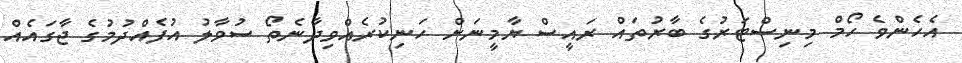
އެހެންވެ ހޯމް މިނިސްޓަރުގެ ބާރުތައް ރައީސް ޔާމީނަށް ހަނިކުރެއްވިދާނެތޯ ސުވާލު އުފެއްދުމުގެ ޖާގައެއް